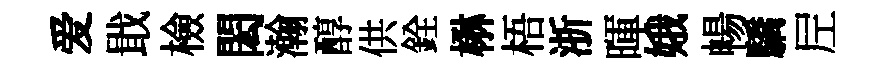
爱戢檢閎瀚醇供銓楙梧浙暉娥暢驕𡰱